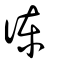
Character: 𢔅